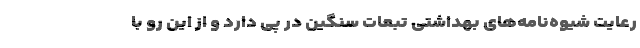
رعایت شیوه‌نامه‌های بهداشتی تبعات سنگین در پی دارد و از این رو با